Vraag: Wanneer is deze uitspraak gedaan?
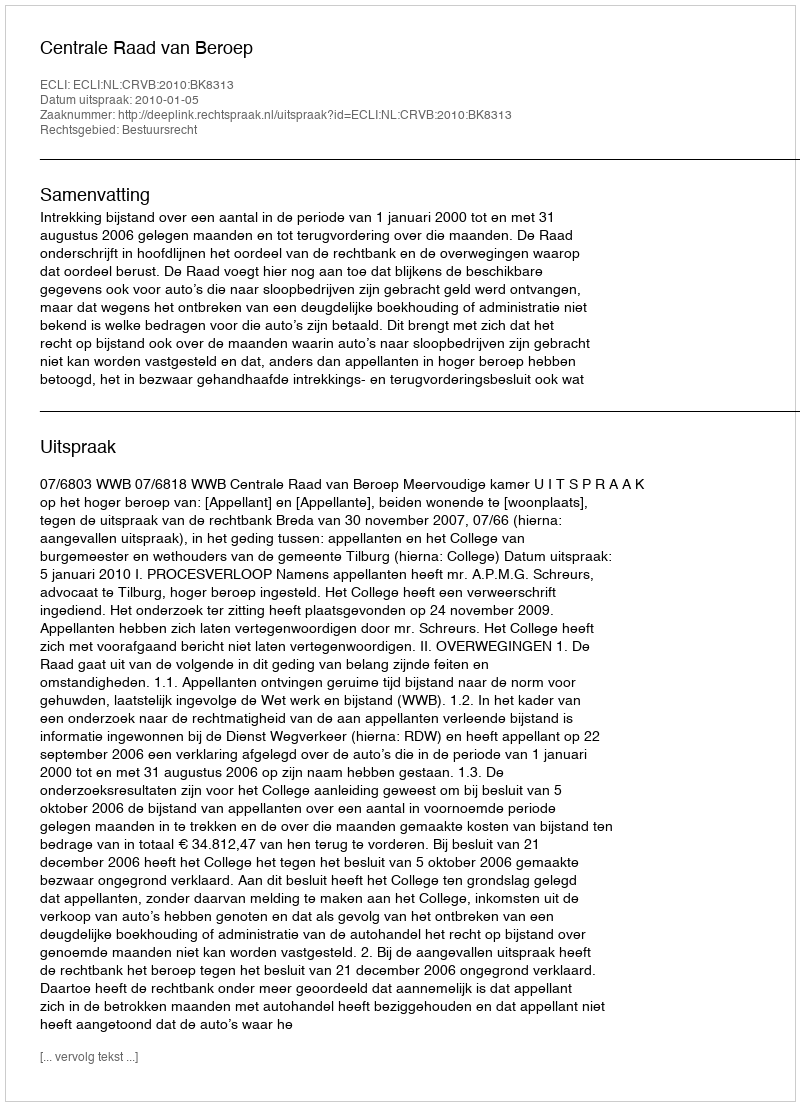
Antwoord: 2010-01-05